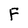
Character: F